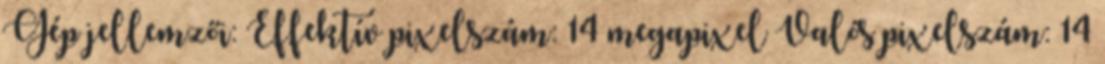
Gép jellemzői: Effektív pixelszám: 14 megapixel Valós pixelszám: 14